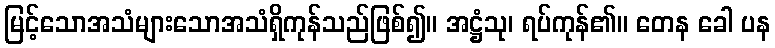
မြင့်သောအသံများသောအသံရှိကုန်သည်ဖြစ်၍။ အဋ္ဌံသု၊ ရပ်ကုန်၏။ တေန ခေါ ပန